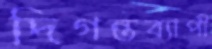
দিগন্তব্যাপী